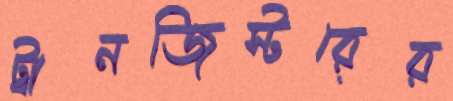
ট্রানজিস্টরের